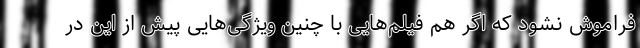
فراموش نشود که اگر هم فیلم‌هایی با چنین ویژگی‌هایی پیش از این در